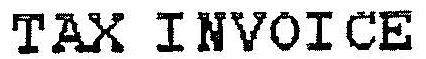
TAX INVOICE